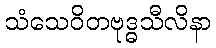
သံသေဝိတဗုဒ္ဓသီလိနာ